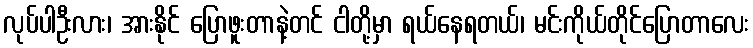
လုပ်ပါဦးလား၊ အားနိုင် ပြောဖူးတာနဲ့တင် ငါတို့မှာ ရယ်နေရတယ်၊ မင်းကိုယ်တိုင်ပြောတာလေး